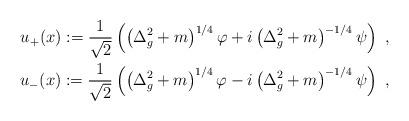
LaTeX: \begin{align*} u_+(x):=\frac{1}{\sqrt 2}\left(\left(\Delta_{g}^2+m\right)^{1/4}\varphi+i\left(\Delta_{g}^2+m\right)^{-1/4}\psi\right)\ , \\u_-(x):=\frac{1}{\sqrt 2}\left(\left(\Delta_{g}^2+m\right)^{1/4}\varphi-i \left(\Delta_{g}^2+m\right)^{-1/4}\psi\right)\ ,\end{align*}